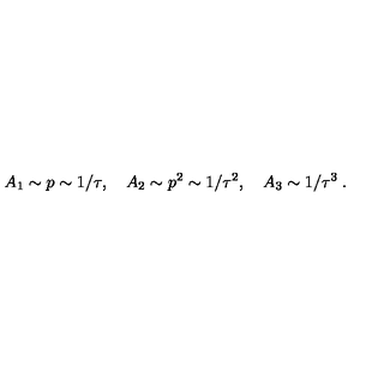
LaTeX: A _ { 1 } \sim p \sim 1 / \tau , \quad A _ { 2 } \sim p ^ { 2 } \sim 1 / \tau ^ { 2 } , \quad A _ { 3 } \sim 1 / \tau ^ { 3 } \: .